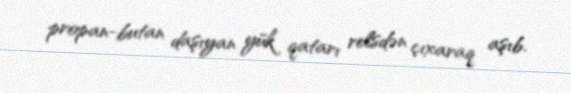
propan-butan daşıyan yük qatarı relsdən çıxaraq aşıb.